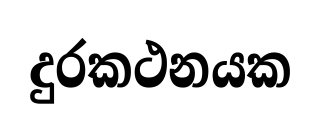
දුරකථනයක